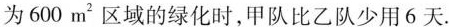
为600m^{2}区域的绿化时，甲队比乙队少用6天。